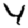
Digit: 4